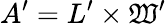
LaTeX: A^{\prime}=L^{\prime}\times\mathfrak{W}^{\prime}